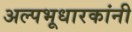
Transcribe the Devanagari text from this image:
अल्पभूधारकांनी